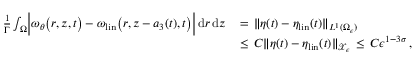
\begin{array} { r l } { \frac { 1 } { \Gamma } \int _ { \Omega } \Bigl | \omega _ { \theta } \bigl ( r , z , t \bigr ) - \omega _ { \mathrm { l i n } } \bigl ( r , z - a _ { 3 } ( t ) , t \bigr ) \Bigr | \, \mathrm { d } r \, \mathrm { d } z \, } & { = \, \| \eta ( t ) - \eta _ { \mathrm { l i n } } ( t ) \| _ { L ^ { 1 } ( \Omega _ { \epsilon } ) } } \\ { \, } & { \le \, C \| \eta ( t ) - \eta _ { \mathrm { l i n } } ( t ) \| _ { \mathcal { X } _ { \epsilon } } \, \le \, C \epsilon ^ { 1 - 3 \sigma } \, , } \end{array}